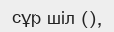
сұр шіл (),